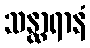
သန္ထာရာနံ